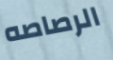
الرصاصه